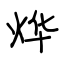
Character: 烨